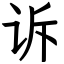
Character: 诉